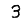
Digit: 3